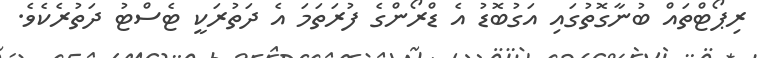
ރިޕޯޓްތައް ބުނާގޮތުގައި އަގުބޮޑު އެ ޑްރޯންގެ ފުރަތަމަ އެ ދަތުރަކީ ޓެސްޓު ދަތުރެކެވެ.